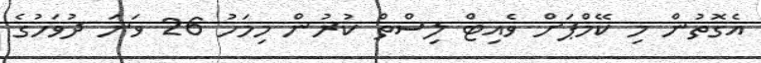
އެގޮތުން މި ކޭމްޕަށް ވެއިޓް ލިސްތް ކުރުން މިމަހު 26 ވަނަ ދުވަހުގެ